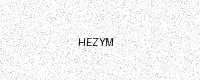
Text: HEZYM